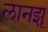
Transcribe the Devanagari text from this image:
लानझू